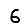
Digit: 6